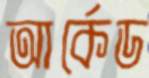
আর্কেড